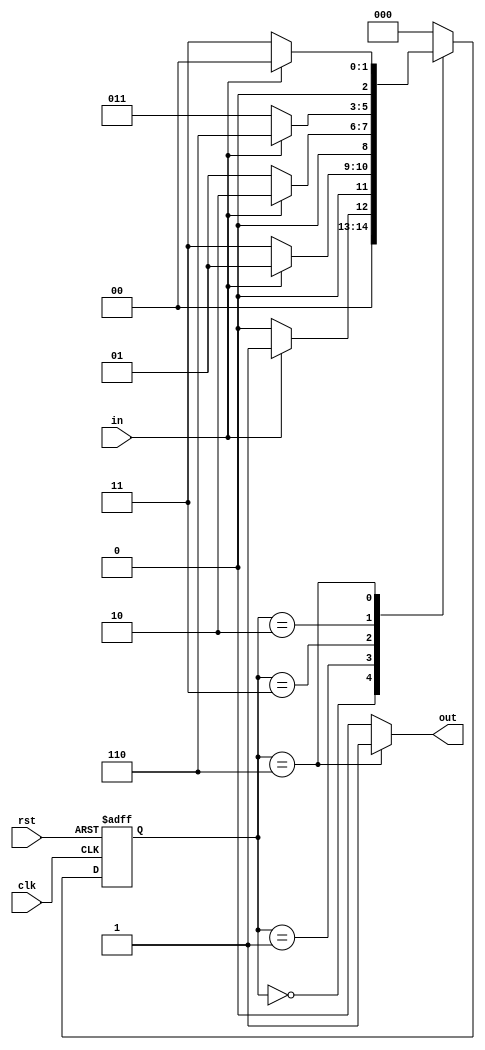
module seque_detect(clk,rst,in,out);
	 input clk;
    input rst;
    input in;
    output reg out;
	 parameter zero=3'b000,
					one=3'b001,
					two=3'b011,
					three=3'b010,
					four=3'b110;
	reg [2:0] cur_state,next_state;
	
	always @(posedge clk,posedge rst)
	begin
	if(rst==1)
	 cur_state<=zero;
	 else
	 cur_state<=next_state;
	end
	
	always @(cur_state,in)
	begin
	case(cur_state)
	zero:
		begin
		if(in==1)
		next_state<= one;
		else
		next_state<=zero;
		end
	one:
	begin
		if(in==1)
		next_state<= one;
		else
		next_state<=two;
		end
	two:
	begin
		if(in==1)
		next_state<= three;
		else
		next_state<=one;
		end
	three:
	begin
		if(in==1)
		next_state<= four;
		else
		next_state<=two;
		end
	four:
	begin
		if(in==1)
		next_state<= zero;
		else
		next_state<=two;
		end
	default : next_state<=zero;
	endcase
	end
	
	always @(cur_state)
	begin
		case(cur_state)
			zero: out=0;
			one: out=0;
			two: out=0;
			three: out=0;
			four: out=1;
			default:out=0;
		endcase
	end

endmodule